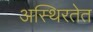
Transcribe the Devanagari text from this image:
अस्थिरतेत